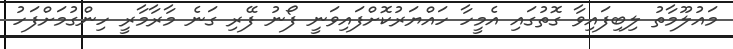
މައުލޫމާތު ލިބިފައިވާ ގޮތުގައި އެމީހާ ހައްޔަރުކޮށްފައިވަނީ ފޯނު ފޭރި ގަނެ މާރާމާރީ ހިންގުމަށްފަހު